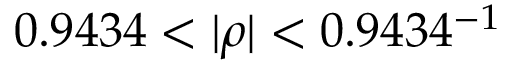
0 . 9 4 3 4 < | \rho | < 0 . 9 4 3 4 ^ { - 1 }